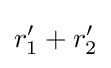
r_{1}^{\prime }+r_{2}^{\prime }